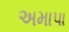
અમાપા